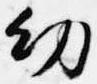
幼